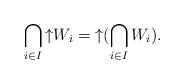
LaTeX: \begin{align*} \bigcap_{i\in I} {\uparrow}W_i={\uparrow}(\bigcap_{i\in I} W_i). \end{align*}